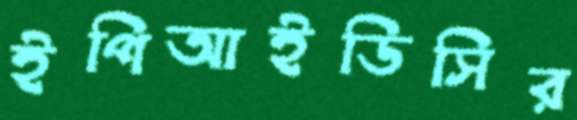
ইপিআইডিসির